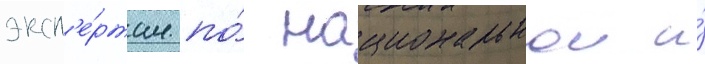
эксп'е́ртам по́ национальнои и́